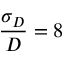
\frac { \sigma _ { D } } { D } = 8 \, \